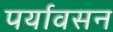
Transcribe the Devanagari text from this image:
पर्यावसन